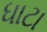
ધાટા